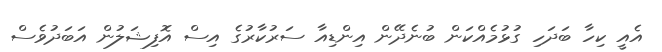
އެއީ ކިހާ ބަދަހި ގުޅުމެއްކަން ބުނެދޭން އިންޑިއާ ސަރުކާރުގެ އިސް އޮފިޝަލުން އަބަދުވެސް